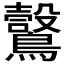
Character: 𪆑